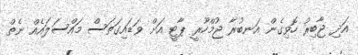
އަދި ޖާބިރު ހޮވިގެން އަނބުރާ ޖުމްހޫރީ ޕާޓީ އަށް ވަޑައިގަތަސް މައްސަލައެއް ނެތް